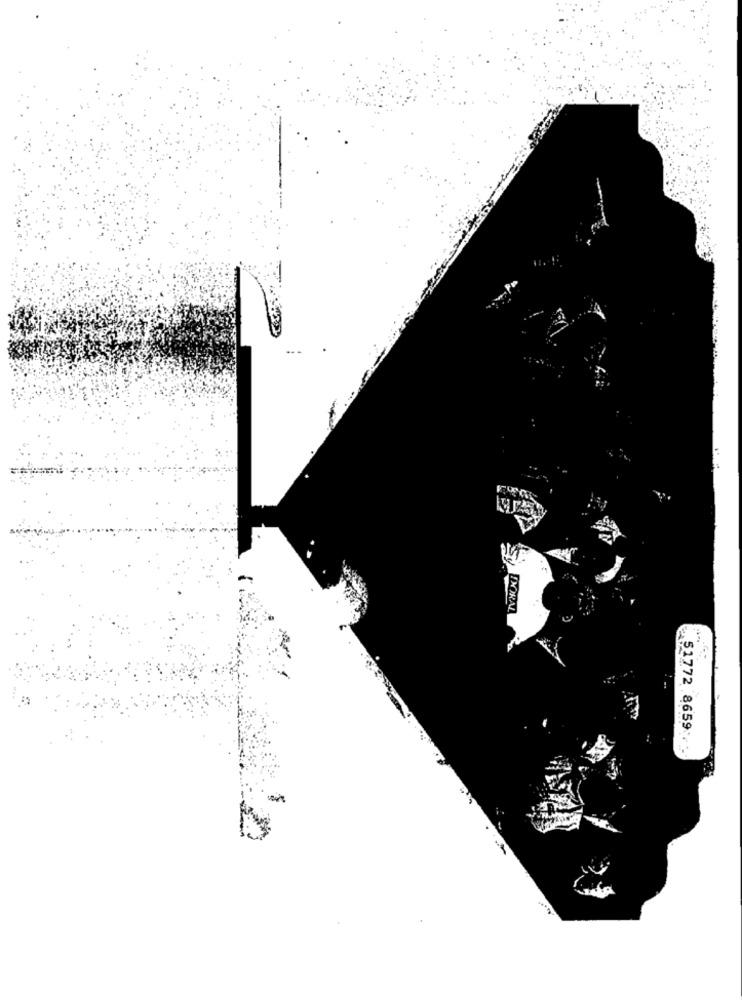
DORAL
51772 8659